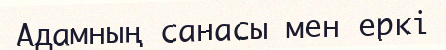
Адамның санасы мен еркі